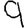
Digit: 9